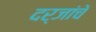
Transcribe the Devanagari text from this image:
दर्जांचे